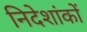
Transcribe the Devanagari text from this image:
निदेशांकों